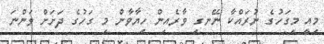
މިއީ މިގަހުގެ ނުރައްކާ ނޭނގި ވާރެއިން ހިޔާވާން މި ގަހުގެ ދަށަށް ވަންނަ